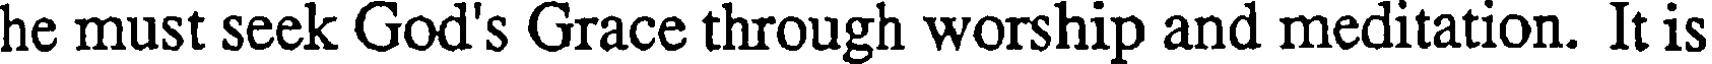
he must seek God's Grace through worship and meditation. It is